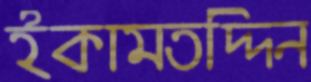
ইকামতদ্দিন